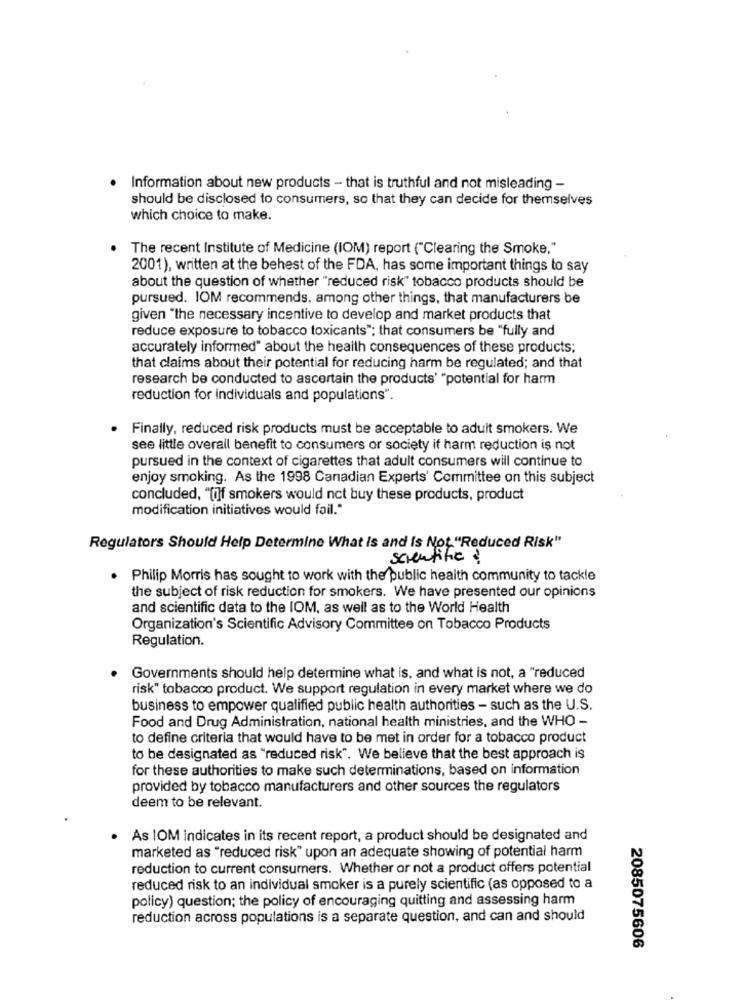
Information about new products - that is truthful and not misleading -
should be disclosed to consumers, so that they can decide for themselves
which choice to make.
The recent Institute of Medicine (IOM) report ("Clearing the Smoke."
2001), written at the behest of the FDA, has some important things to say
about the question of whether "reduced risk" tobacco products should be
pursued. IOM recommends, among other things, that manufacturers be
given "the necessary incentive to develop and market products that
reduce exposure to tobacco toxicants"; that consumers be "fully and
accurately informed" about the health consequences of these products;
that claims about their potential for reducing harm be regulated; and that
research be conducted to ascertain the products' "potential for harm
reduction for individuals and populations".
Finally, reduced risk products must be acceptable to adult smokers. We
see little overall benefit to consumers or society if harm reduction is not
pursued in the context of cigarettes that adult consumers will continue to
enjoy smoking. As the 1998 Canadian Experts' Committee on this subject
concluded, "[i]f smokers would not buy these products, product
modification initiatives would fail."
Regulators Should Help Determine What is and Is Not "Reduced Risk"
scientific
Philip Morris has sought to work with the public health community to tackle
the subject of risk reduction for smokers. We have presented our opinions
and scientific data to the IOM, as well as to the World Health
Organization's Scientific Advisory Committee on Tobacco Products
Regulation.
Governments should help determine what is, and what is not, a "reduced
risk" tobacco product. We support regulation in every market where we do
business to empower qualified public health authorities - such as the U.S.
Food and Drug Administration, national health ministries, and the WHO -
to define criteria that would have to be met in order for a tobacco product
to be designated as "reduced risk". We believe that the best approach is
for these authorities to make such determinations, based on information
provided by tobacco manufacturers and other sources the regulators
deem to be relevant.
.
As IOM indicates in its recent report, a product should be designated and
marketed as "reduced risk" upon an adequate showing of potential harm
reduction to current consumers. Whether or not a product offers potential
reduced risk to an individual smoker is a purely scientific (as opposed to a
policy) question; the policy of encouraging quitting and assessing harm
reduction across populations is a separate question, and can and should
2085075606